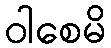
ဝါစေမိ